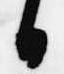
日